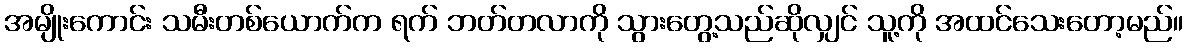
အမျိုးကောင်း သမီးတစ်ယောက်က ရက် ဘတ်တလာကို သွားတွေ့သည်ဆိုလျှင် သူ့ကို အထင်သေးတော့မည်။